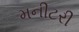
મનીટરી